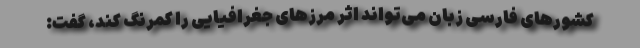
کشورهای فارسی زبان می‌تواند اثر مرزهای جغرافیایی را کمرنگ کند، گفت: